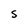
Character: S